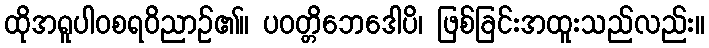
ထိုအရူပါဝစရဝိညာဉ်၏။ ပဝတ္တိဘေဒေါပိ၊ ဖြစ်ခြင်းအထူးသည်လည်း။